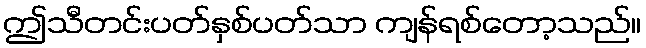
ဤသီတင်းပတ်နှစ်ပတ်သာ ကျန်ရစ်တော့သည်။